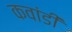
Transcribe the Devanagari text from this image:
कवांडी